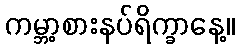
ကမ္ဘာ့စားနပ်ရိက္ခာနေ့။